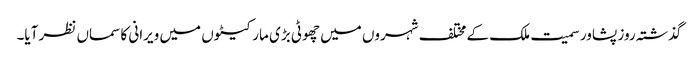
گذشتہ روز پشاور سمیت ملک کے مختلف شہروں میں چھوٹی بڑی مارکیٹوں میں ویرانی کا سماں نظر آیا۔